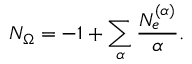
N _ { \Omega } = - 1 + \sum _ { \alpha } { \frac { N _ { e } ^ { ( \alpha ) } } { \alpha } } .